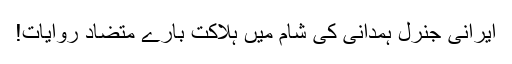
ایرانی جنرل ہمدانی کی شام میں ہلاکت بارے متضاد روایات!